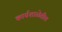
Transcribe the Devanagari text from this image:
कार्यशाळेतील